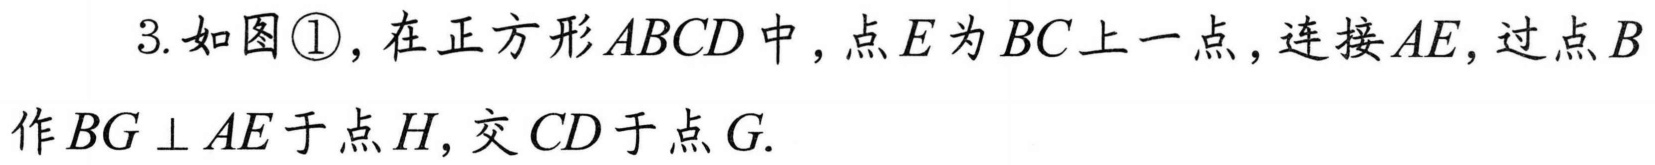
3. 如图\textcircled{1}，在正方形\(ABCD\)中，点\(E\)为\(BC\)上一点，连接\(AE\)，过点\(B\)作\(BG\perp AE\)于点\(H\)，交\(CD\)于点\(G\).